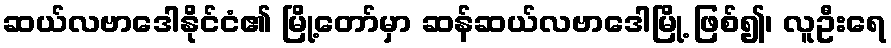
ဆယ်လဗာဒေါနိုင်ငံ၏ မြို့တော်မှာ ဆန်ဆယ်လဗာဒေါမြို့ ဖြစ်၍၊ လူဦးရေ